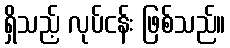
ရှိသည့် လုပ်ငန်း ဖြစ်သည်။